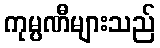
ကုမ္ပဏီများသည်